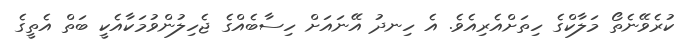
ކުރެވޭނެތޯ މަލާކްގެ ހިތަށްއެރިއެވެ. އެ ހިނދު އޭނައަށް ހިސާބެއްގެ ޖެހިލުންވުމަކާއެކީ ބަތް އެތީގެ